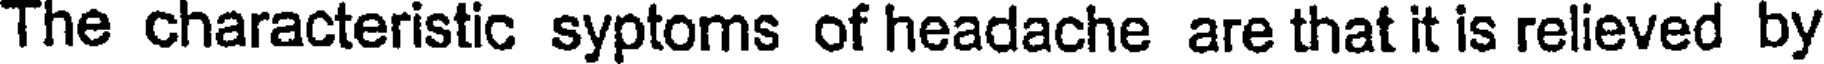
The characteristic syptoms of headache are that it is relieved by